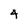
Character: 4